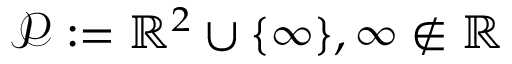
{ \mathcal { P } } : = \mathbb { R } ^ { 2 } \cup \{ \infty \} , \infty \notin \mathbb { R }